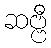
ဆဗ္ဗီ